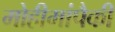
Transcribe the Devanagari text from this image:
मोहीमांपैकी